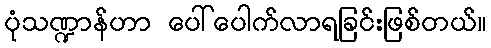
ပုံသဏ္ဍာန်ဟာ ပေါ်ပေါက်လာရခြင်းဖြစ်တယ်။